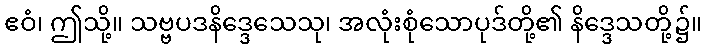
ဧဝံ၊ ဤသို့။ သဗ္ဗပဒနိဒ္ဒေသေသု၊ အလုံးစုံသောပုဒ်တို့၏ နိဒ္ဒေသတို့၌။